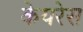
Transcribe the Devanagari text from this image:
केयरेस